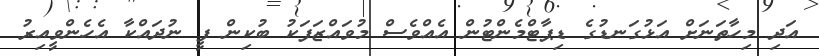
އަދި މިހާތަނަށް އަޅުގަނޑުގެ ޑިޕާޓްމެންޓުން އެއްވެސް މުވައްޒަފަކު ބުކިން ފީ ނުދައްކާ އެހެންވީއިރު